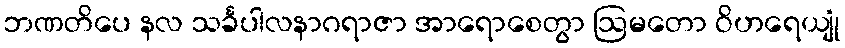
ဘဏတိပေ နလ သင်္ခပါလနာဂရာဇာ အာရောစေတွာ ဩမတော ဝိဟရေယျုံ